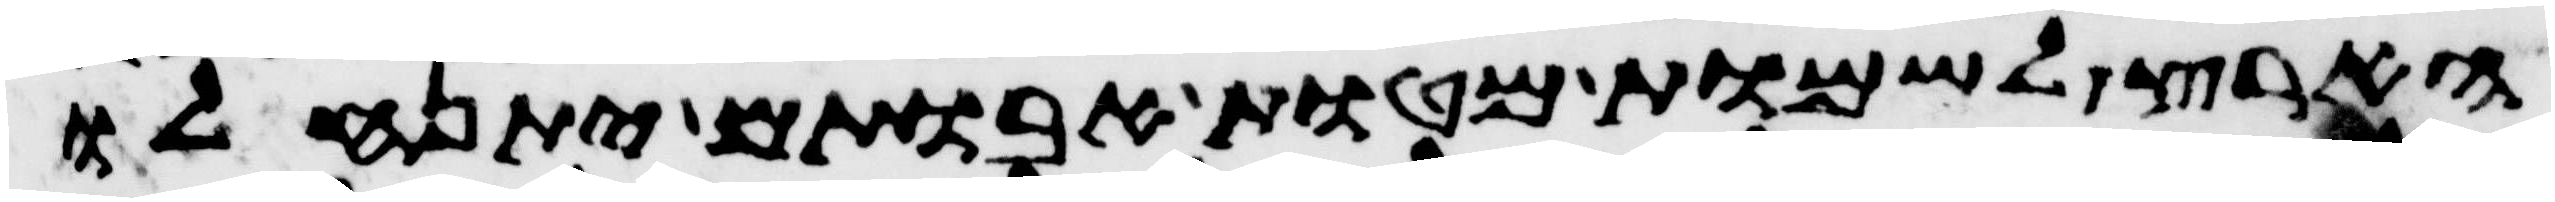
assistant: הארץ לשמות מטות אבתיכם יתנחלו